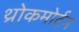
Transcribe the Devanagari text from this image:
थ्रोकमोर्टन